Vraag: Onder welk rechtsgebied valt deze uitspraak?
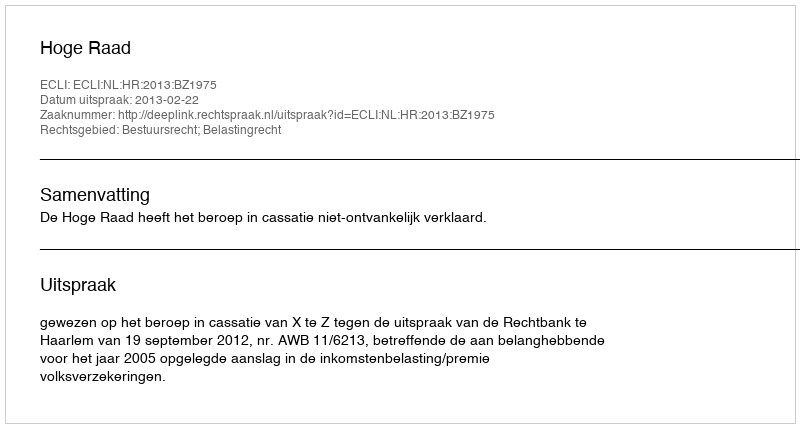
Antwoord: Bestuursrecht; Belastingrecht